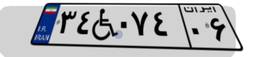
۳۴W۰۷۴۰۶